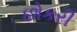
છોકરી